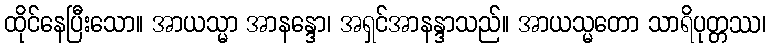
ထိုင်နေပြီးသော။ အာယသ္မာ အာနန္ဒော၊ အရှင်အာနန္ဒာသည်။ အာယသ္မတော သာရိပုတ္တဿ၊